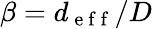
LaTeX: \beta=d_{\mathrm{~e~f~f~}}/D